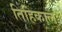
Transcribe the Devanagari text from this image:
तिहिकाल